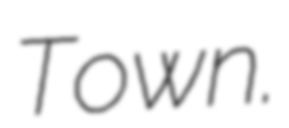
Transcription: Town.